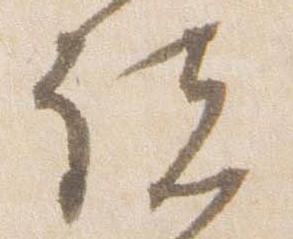
諸